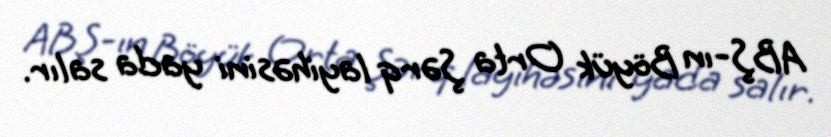
ABŞ-ın Böyük Orta Şərq layihəsini yada salır.